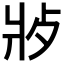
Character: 𬋿